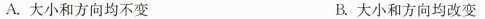
A.大小和方向均不变 B.大小和方向均改变